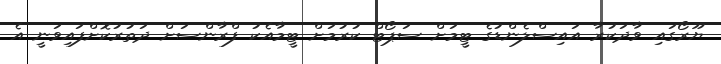
ޔޫރޯގައި ވާދަކުރާ އައިސްލެންޑުގެ ޓީމަށް ސަޕޯޓް ކުރުމަށް ޓީމާއެކު ފްރާންސަށް ދަތުރުކޮށްފައިވަނީ އެ